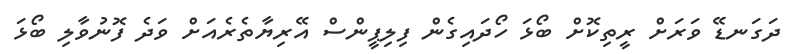
ދަގަނޑޭ ވަރަށް ރީތިކޮށް ބޯޅަ ހޯދައިގެން ފިލިޕީންސް އޭރިޔާތެރެއަށް ވަދެ ފޮނުވާލި ބޯޅަ